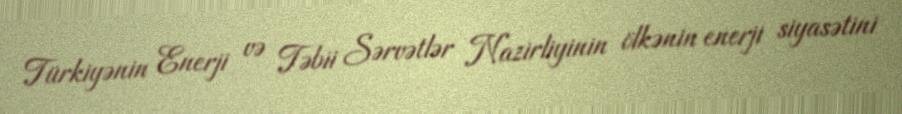
Türkiyənin Enerji və Təbii Sərvətlər Nazirliyinin ölkənin enerji siyasətini